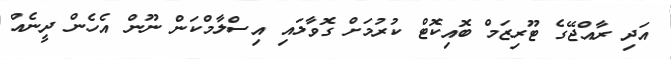
އަދި ރާއްޖޭގެ ޓޫރިޒަމް ބޮއިކޮޓް ކުރުމަށް ގޮވާލައި އިސްލާމްކަން ނޫން އެހެން ދީނެއް